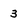
Character: 3